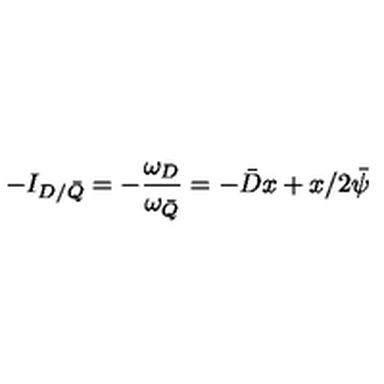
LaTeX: - I _ { D / \bar { Q } } = - \frac { \omega _ { D } } { \omega _ { \bar { Q } } } = - \bar { D } x + x / 2 \bar { \psi }